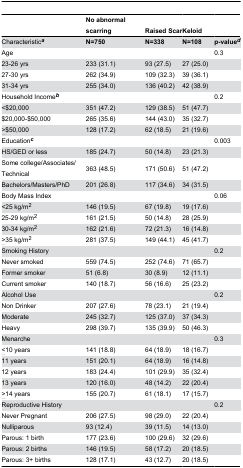
<table><thead><tr><td></td><td><b>No abnormal scarring</b></td><td><b>Raised Scar</b></td><td><b>Keloid</b></td><td></td></tr></thead><tbody><tr><td>Characteristic<b><sup><i>a</i></sup></b></td><td><b>N=750</b></td><td><b>N=338</b></td><td><b>N=108</b></td><td><b>p-value<sup><i>d</i></sup></b></td></tr><tr><td>Age </td><td></td><td></td><td></td><td>0.3</td></tr><tr><td>23-26 yrs</td><td>233 (31.1)</td><td>93 (27.5)</td><td>27 (25.0)</td><td></td></tr><tr><td>27-30 yrs</td><td>262 (34.9)</td><td>109 (32.3)</td><td>39 (36.1)</td><td></td></tr><tr><td>31-34 yrs</td><td>255 (34.0)</td><td>136 (40.2)</td><td>42 (38.9)</td><td></td></tr><tr><td>Household Income<b><sup><i>b</i></sup></b></td><td></td><td></td><td></td><td>0.2</td></tr><tr><td>&lt;$20,000</td><td>351 (47.2)</td><td>129 (38.5)</td><td>51 (47.7)</td><td></td></tr><tr><td>$20,000-$50,000</td><td>265 (35.6)</td><td>144 (43.0)</td><td>35 (32.7)</td><td></td></tr><tr><td><underline>&gt;</underline>$50,000</td><td>128 (17.2)</td><td>62 (18.5)</td><td>21 (19.6)</td><td></td></tr><tr><td>Education<b><sup><i>c</i></sup></b></td><td></td><td></td><td></td><td>0.003</td></tr><tr><td>HS/GED or less</td><td>185 (24.7)</td><td>50 (14.8)</td><td>23 (21.3)</td><td></td></tr><tr><td>Some college/Associates/Technical</td><td>363 (48.5)</td><td>171 (50.6)</td><td>51 (47.2)</td><td></td></tr><tr><td>Bachelors/Masters/PhD</td><td>201 (26.8)</td><td>117 (34.6)</td><td>34 (31.5)</td><td></td></tr><tr><td>Body Mass Index </td><td></td><td></td><td></td><td>0.06</td></tr><tr><td>&lt;25 kg/m<sup>2</sup></td><td>146 (19.5)</td><td>67 (19.8)</td><td>19 (17.6)</td><td></td></tr><tr><td>25-29 kg/m<sup>2</sup></td><td>161 (21.5)</td><td>50 (14.8)</td><td>28 (25.9)</td><td></td></tr><tr><td>30-34 kg/m<sup>2</sup></td><td>162 (21.6)</td><td>72 (21.3)</td><td>16 (14.8)</td><td></td></tr><tr><td><underline>&gt;</underline>35 kg/m<sup>2</sup></td><td>281 (37.5)</td><td>149 (44.1)</td><td>45 (41.7)</td><td></td></tr><tr><td>Smoking History</td><td></td><td></td><td></td><td>0.2</td></tr><tr><td>Never smoked</td><td>559 (74.5)</td><td>252 (74.6)</td><td>71 (65.7)</td><td></td></tr><tr><td>Former smoker</td><td>51 (6.8)</td><td>30 (8.9)</td><td>12 (11.1)</td><td></td></tr><tr><td>Current smoker </td><td>140 (18.7)</td><td>56 (16.6)</td><td>25 (23.2)</td><td></td></tr><tr><td>Alcohol Use</td><td></td><td></td><td></td><td>0.2</td></tr><tr><td>Non Drinker</td><td>207 (27.6)</td><td>78 (23.1)</td><td>21 (19.4)</td><td></td></tr><tr><td>Moderate</td><td>245 (32.7)</td><td>125 (37.0)</td><td>37 (34.3)</td><td></td></tr><tr><td>Heavy</td><td>298 (39.7)</td><td>135 (39.9)</td><td>50 (46.3)</td><td></td></tr><tr><td>Menarche</td><td></td><td></td><td></td><td>0.3</td></tr><tr><td><underline>&lt;</underline>10 years</td><td>141 (18.8)</td><td>64 (18.9)</td><td>18 (16.7)</td><td></td></tr><tr><td>11 years</td><td>151 (20.1)</td><td>64 (18.9)</td><td>16 (14.8)</td><td></td></tr><tr><td>12 years</td><td>183 (24.4)</td><td>101 (29.9)</td><td>35 (32.4)</td><td></td></tr><tr><td>13 years</td><td>120 (16.0)</td><td>48 (14.2)</td><td>22 (20.4)</td><td></td></tr><tr><td><underline>&gt;</underline>14 years</td><td>155 (20.7)</td><td>61 (18.1)</td><td>17 (15.7)</td><td></td></tr><tr><td>Reproductive History</td><td></td><td></td><td></td><td>0.2</td></tr><tr><td>Never Pregnant</td><td>206 (27.5)</td><td>98 (29.0)</td><td>22 (20.4)</td><td></td></tr><tr><td>Nulliparous</td><td>93 (12.4)</td><td>39 (11.5)</td><td>14 (13.0)</td><td></td></tr><tr><td>Parous: 1 birth</td><td>177 (23.6)</td><td>100 (29.6)</td><td>32 (29.6)</td><td></td></tr><tr><td>Parous: 2 births</td><td>146 (19.5)</td><td>58 (17.2)</td><td>20 (18.5)</td><td></td></tr><tr><td>Parous: 3+ births</td><td>128 (17.1)</td><td>43 (12.7)</td><td>20 (18.5)</td><td></td></tr></tbody></table>